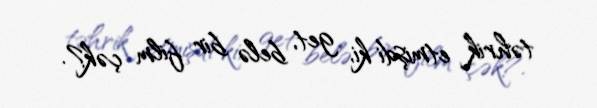
təhrik etmişdi ki, get, belə bir film çək?.